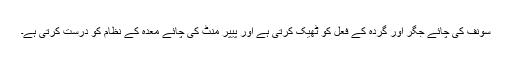
سونف کی چائے جگر اور گردہ کے فعل کو ٹھیک کرتی ہے اور پیپر منٹ کی چائے معدہ کے نظام کو درست کرتی ہے۔